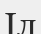
Іл